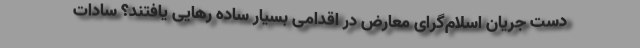
دست جریان اسلام‌گرای معارض در اقدامی بسیار ساده رهایی یافتند؟ سادات